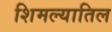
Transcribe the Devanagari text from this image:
शिमल्यातिल